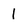
Character: 1